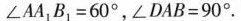
∠A A _ { 1 } B _ { 1 } = 60°$$，$$ ∠ D A B = 9 0 °$$.